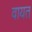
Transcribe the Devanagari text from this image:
वायत